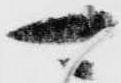
可